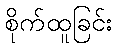
စိုက်ထူခြင်း